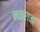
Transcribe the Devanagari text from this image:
नळराजा